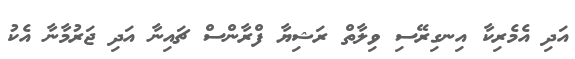
އަދި އެމެރިކާ އިނގިރޭސި ވިލާތް ރަޝިޔާ ފްރާންސް ޗައިނާ އަދި ޖަރުމާނާ އެކު